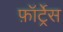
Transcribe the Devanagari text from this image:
फ़ॉर्ट्रेस